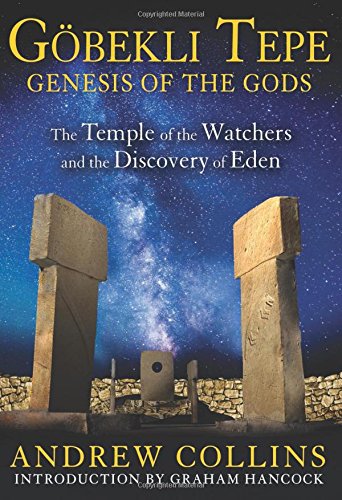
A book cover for Gobekli Tepe: Genesis of the Gods: The Temple of the Watchers and the Discovery of Eden; Andrew Collins; Science & Math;